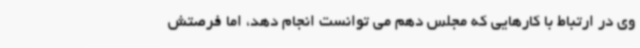
وی در ارتباط با کارهایی که مجلس دهم می توانست انجام دهد، اما فرصتش